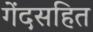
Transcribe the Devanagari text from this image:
गेंदसहित